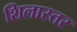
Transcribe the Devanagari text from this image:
शिलास्तर